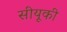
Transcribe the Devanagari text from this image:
सीयूकी